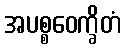
အပစ္စဝေက္ခိတံ